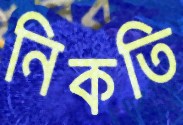
নিকতি